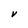
Character: V